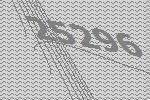
25296